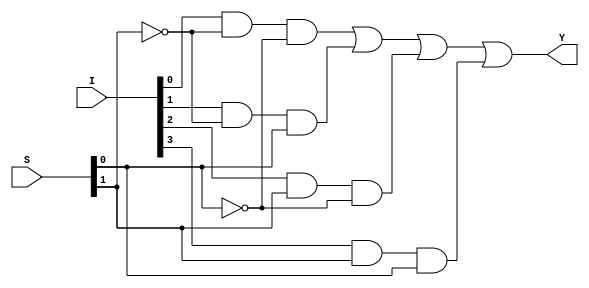
module Mux_4x1(
     input [3:0]I,
     input [1:0]S,
	 output Y );
									
wire NS0,NS1;
wire YO,Y1,Y2,Y3;

not N1(NS0,S[0]);
not N2(NS1,S[1]);
and A1(Y0,I[0],NS1,NS0);
and A2(Y1,I[1],NS1,S[0]);
and A3(Y2,I[2],S[1],NS0);
and A4(Y3,I[3],S[1],S[0]);
or O1(Y,Y0,Y1,Y2,Y3);
endmodule